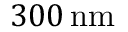
{ 3 0 0 } \, \mathrm { n m }